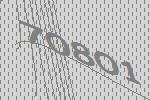
70801